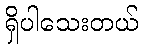
ရှိပါသေးတယ်